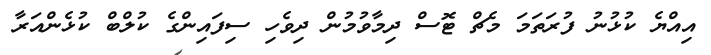
އިއްޔެ ކުޅުނު ފުރަތަމަ މެޗް ޓޮސް ދިމާވުމުން ދިވެހި ސިފައިންގެ ކުލްބް ކުޅެންއަރާ